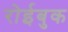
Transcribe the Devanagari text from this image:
रोईबुक